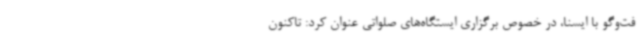
فت‌وگو با ایسنا، در خصوص برگزاری ایستگاه‌های صلواتی عنوان کرد: تاکنون